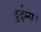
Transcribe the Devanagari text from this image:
दुर्दम्य।